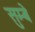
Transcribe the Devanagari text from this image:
सुम्बे